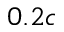
0 . 2 c